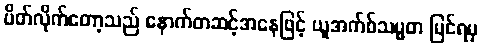
ပိတ်လိုက်တော့သည် နောက်တဆင့်အနေဖြင့် ယူအက်စ်သမ္မတ မြင်ရမှ